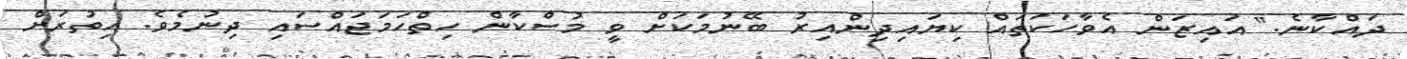
ދައްކާނެ." އައިޒަން އެވާހަކަތައް ކިޔައިދިންއިރު ބޭނުމަކަށް ވީ މުސްކާން ހިތްހަމަޖައްސައި ދިނުމެވެ. އިތުރަށް